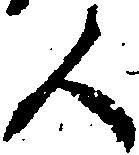
人